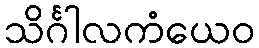
သိင်္ဂါလကံယေဝ